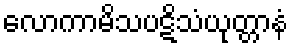
လောကာမိသပဋိသံယုတ္တာနံ